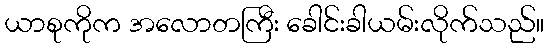
ယာစုကိုက အလောတကြီး ခေါင်းခါယမ်းလိုက်သည်။